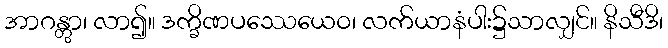
အာဂန္တွာ၊ လာ၍။ ဒက္ခိဏပဿေယေဝ၊ လက်ယာနံပါး၌သာလျှင်။ နိသီဒိ၊